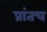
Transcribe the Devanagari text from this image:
प्रांतच